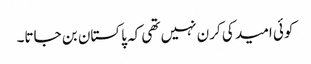
کوئی امید کی کرن نہیں تھی کہ پاکستان بن جاتا۔